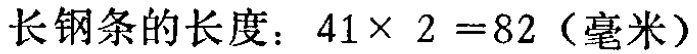
长钢条的长度：\(41\times 2 =82\)（毫米）